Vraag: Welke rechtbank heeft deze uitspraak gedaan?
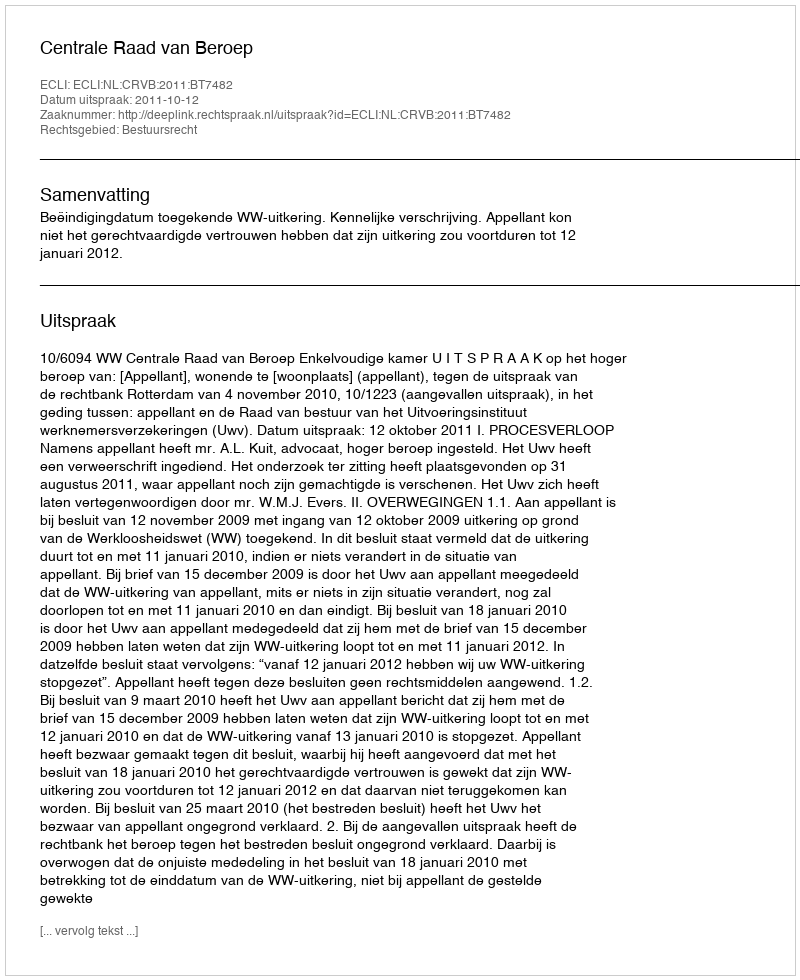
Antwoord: Centrale Raad van Beroep